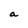
Character: a